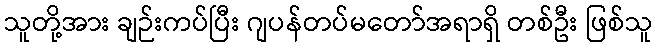
သူတို့အား ချဉ်းကပ်ပြီး ဂျပန်တပ်မတော်အရာရှိ တစ်ဦး ဖြစ်သူ